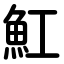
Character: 魟